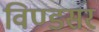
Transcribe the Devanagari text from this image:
विण्डसर